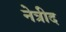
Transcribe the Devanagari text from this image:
नेत्रीद